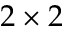
2 \times 2